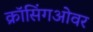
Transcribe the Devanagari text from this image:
क्रॉसिंगओवर